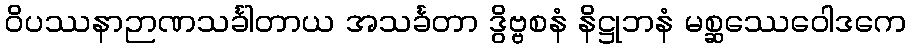
ဝိပဿနာဉာဏသင်္ခါတာယ အသင်္ခတာ ဒွိဗ္ဗစနံ နိဋ္ဌုဘနံ မစ္ဆဿေဝေါဒကေ